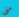
منى